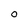
Character: 0